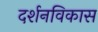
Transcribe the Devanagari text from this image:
दर्शनविकास